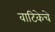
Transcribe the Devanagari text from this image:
वाटिकेचे